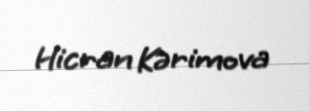
Hicran Kərimova